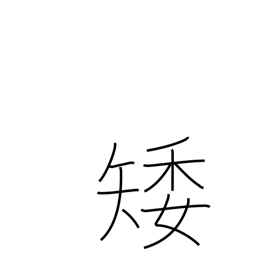
Meaning: low